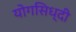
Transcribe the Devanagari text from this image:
योगसिध्दी